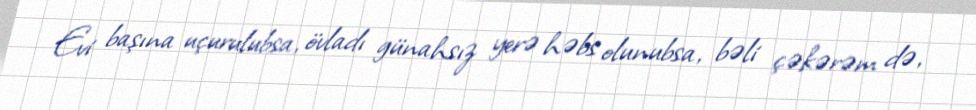
Evi başına uçurulubsa, övladı günahsız yerə həbs olunubsa, bəli çəkərəm də,